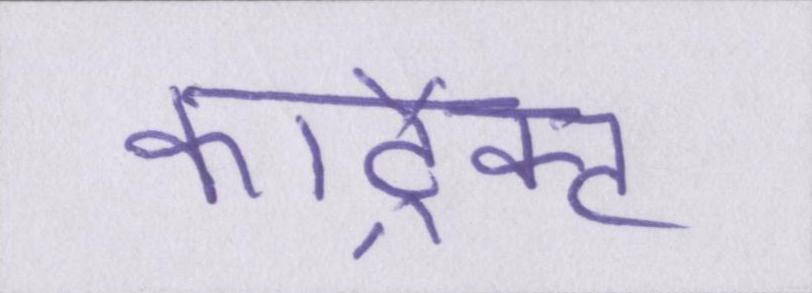
कांट्रैक्ट